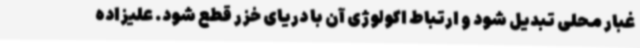
غبار محلی تبدیل شود و ارتباط اکولوژی آن با دریای خزر قطع شود. علیزاده